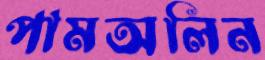
পামঅলিন